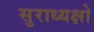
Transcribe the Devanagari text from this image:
सुराध्यक्षो